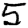
Digit: 5